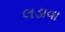
લડાવા